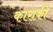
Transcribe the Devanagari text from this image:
काराकी